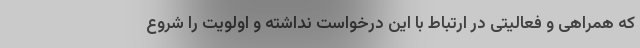
که همراهی و فعالیتی در ارتباط با این درخواست نداشته و اولویت را شروع